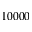
1 0 0 0 0